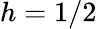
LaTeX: h=1/2